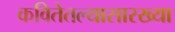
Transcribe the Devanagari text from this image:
कवितेतल्यासारख्या